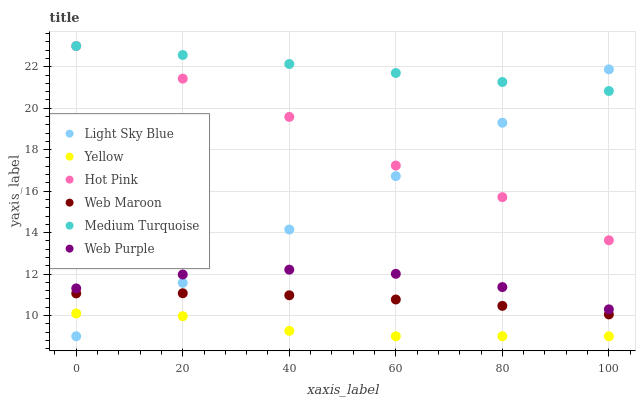
| xaxis_label | Light Sky Blue | Yellow | Hot Pink | Web Maroon | Medium Turquoise | Web Purple |
 | --- | --- | --- | --- | --- | --- | --- |
 | 0 | 9 | 10.1 | 23 | 11.1 | 23 | 11.3 |
 | 20 | 11.6 | 9.97 | 21.4 | 11.1 | 22.6 | 12 |
 | 40 | 14.1 | 9.26 | 19.6 | 11 | 22.1 | 12.2 |
 | 60 | 16.7 | 9 | 17.2 | 10.8 | 21.7 | 12 |
 | 80 | 19.3 | 9 | 15.7 | 10.5 | 21.3 | 11.4 |
 | 100 | 21.9 | 9 | 13.6 | 10.1 | 20.8 | 10.3 |